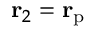
{ \bf { r } } _ { 2 } = { \bf { r } } _ { \mathrm { p } }